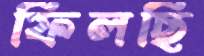
ফিলছি